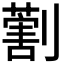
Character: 𠟽